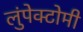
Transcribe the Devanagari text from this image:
लुंपेक्टोमी